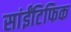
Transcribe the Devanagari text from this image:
सांईंटिफिक